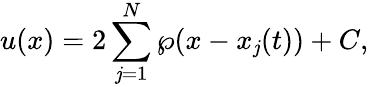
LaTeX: u(x)=2\sum_{\mathit{j}=1}^{N}\wp(x-x_{\mathit{j}}(t))+C,